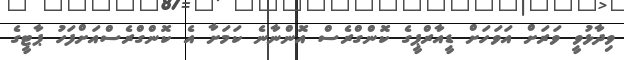
ވިދާޅުވީ ވަރަށް އަވަހަށް ޑީއާރްޕީގެ ކޮންގްރެސް އޮންނާނެ ކަމަށާ އެ ކޮންގްރެސްއަށްފަހު ޕާޓީގެ